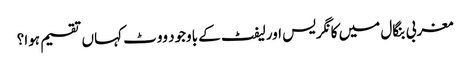
مغربی بنگال میں کانگریس اورلیفٹ کے باوجود ووٹ کہاں تقسیم ہوا؟